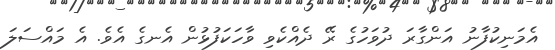
އެމަނިކުފާނު އަންގާރަ ދުވަހުގެ ރޭ ދެއްކެވި ވާހަކަފުޅުން އެނގެ އެވެ. އެ މައްސަލަ